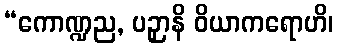
“ကောဏ္ဍည, ပဉှာနိ ဝိယာကရောဟိ၊